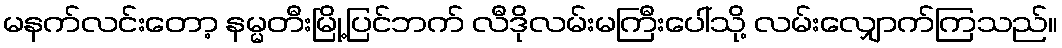
မနက်လင်းတော့ နမ္မတီးမြို့ပြင်ဘက် လီဒိုလမ်းမကြီးပေါ်သို့ လမ်းလျှောက်ကြသည်။